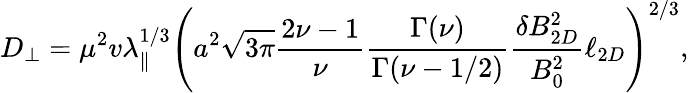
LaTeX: D_{\perp}=\mu^{2}v\lambda_{\parallel}^{1/3}\left(a^{2}\sqrt{3\pi}\frac{2\nu-1}{\nu}\frac{\Gamma(\nu)}{\Gamma(\nu-1/2)}\frac{\delta B_{2D}^{2}}{B_{0}^{2}}\ell_{2D}\right)^{2/3},